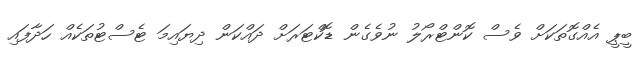
ބީޕީ އެއްގޮތަކަށް ވެސް ކޮންޓްރޯލު ނުވެގެން ޑޮކްޓަރަށް ދައްކަން ދިޔައިމަ ޓެސްޓުތަކެއް ހަދާފައި